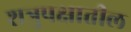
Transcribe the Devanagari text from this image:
शत्रुपक्षातील